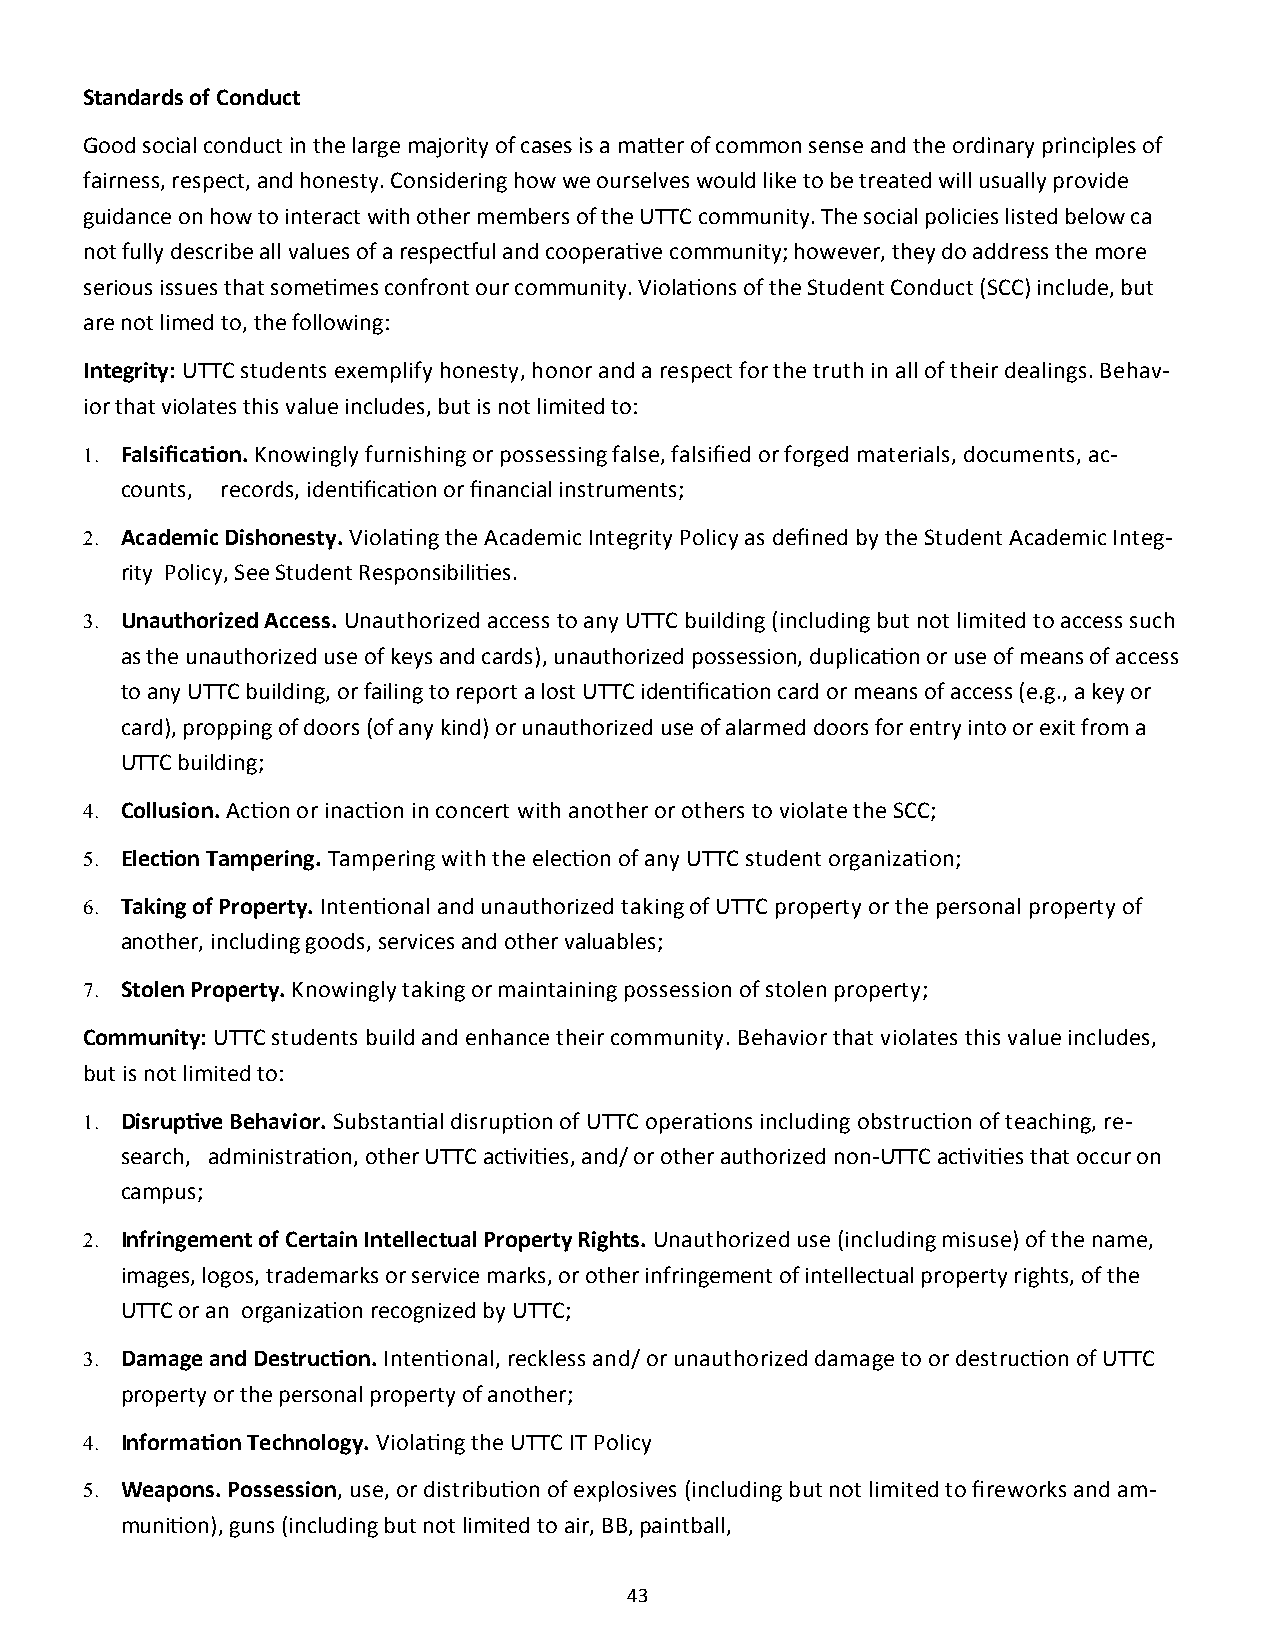
Standards of Conduct
 Good social conduct in the large majority of cases is a matter of common sense and the ordinary principles of
 fairness, respect, and honesty. Considering how we ourselves would like to be treated will usually provide
 guidance on how to interact with other members of the UTTC community. The social policies listed below ca
 not fully describe all values of a respectful and cooperative community; however, they do address the more
 serious issues that sometimes confront our community. Violations of the Student Conduct (SCC) include, but
 are not limed to, the following:
 Integrity: UTTC students exemplify honesty, honor and a respect for the truth in all of their dealings. Behav-
 ior that violates this value includes, but is not limited to:
  Falsification. Knowingly furnishing or possessing false, falsified or forged materials, documents, ac-
 counts, records, identification or financial instruments;
  Academic Dishonesty. Violating the Academic Integrity Policy as defined by the Student Academic Integ-
 rity Policy, See Student Responsibilities.
  Unauthorized Access. Unauthorized access to any UTTC building (including but not limited to access such
 as the unauthorized use of keys and cards), unauthorized possession, duplication or use of means of access
 to any UTTC building, or failing to report a lost UTTC identification card or means of access (e.g., a key or
 card), propping of doors (of any kind) or unauthorized use of alarmed doors for entry into or exit from a
 UTTC building;
  Collusion. Action or inaction in concert with another or others to violate the SCC;
  Election Tampering. Tampering with the election of any UTTC student organization;
  Taking of Property. Intentional and unauthorized taking of UTTC property or the personal property of
 another, including goods, services and other valuables;
  Stolen Property. Knowingly taking or maintaining possession of stolen property;
 Community: UTTC students build and enhance their community. Behavior that violates this value includes,
 but is not limited to:
  Disruptive Behavior. Substantial disruption of UTTC operations including obstruction of teaching, re-
 search, administration, other UTTC activities, and/ or other authorized non-UTTC activities that occur on
 campus;
  Infringement of Certain Intellectual Property Rights. Unauthorized use (including misuse) of the name,
 images, logos, trademarks or service marks, or other infringement of intellectual property rights, of the
 UTTC or an organization recognized by UTTC;
  Damage and Destruction. Intentional, reckless and/ or unauthorized damage to or destruction of UTTC
 property or the personal property of another;
  Information Technology. Violating the UTTC IT Policy
  Weapons. Possession, use, or distribution of explosives (including but not limited to fireworks and am-
 munition), guns (including but not limited to air, BB, paintball,
 43